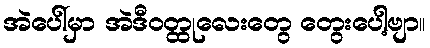
အဲပေါ်မှာ အဲဒီဝတ္ထုလေးတွေ တွေးပေါ့ဗျာ။